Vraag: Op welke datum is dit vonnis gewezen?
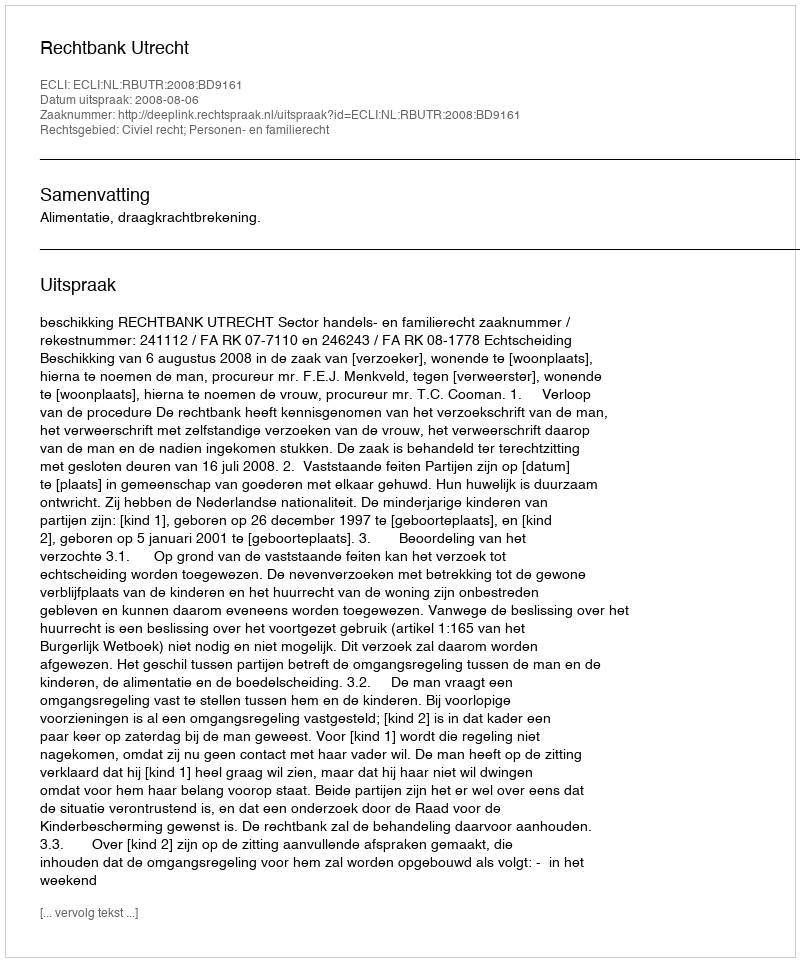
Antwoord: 2008-08-06